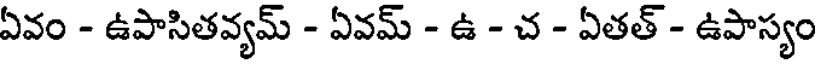
ఏవం - ఉపాసితవ్యమ్ - ఏవమ్ - ఉ - చ - ఏతత్ - ఉపాస్యం